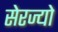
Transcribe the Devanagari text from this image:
सेरज्यो